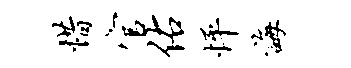
惜官佑怦诲